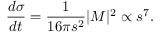
{ \frac { d \sigma } { d t } } = { \frac { 1 } { 1 6 \pi s ^ { 2 } } } | { \cal M } | ^ { 2 } \propto s ^ { 7 } .